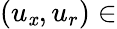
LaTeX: (u_{\mathit{x}},u_{r})\in